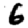
Digit: 6